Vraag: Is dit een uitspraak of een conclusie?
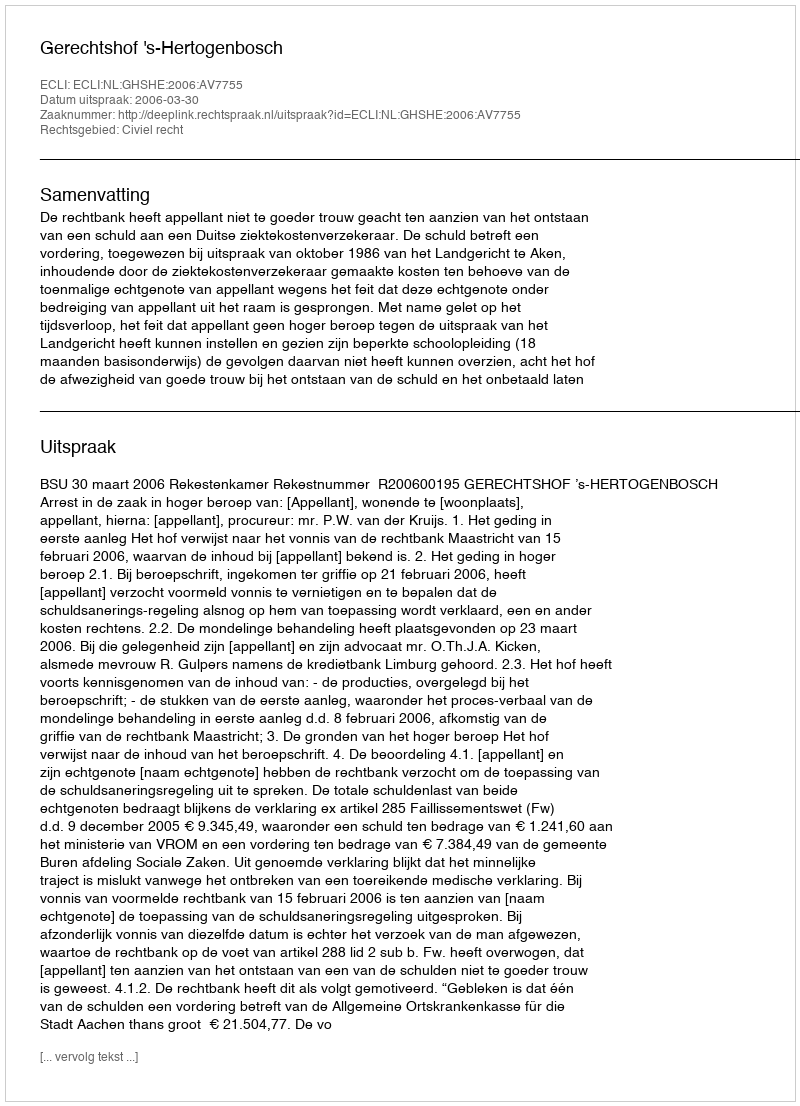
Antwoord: Uitspraak